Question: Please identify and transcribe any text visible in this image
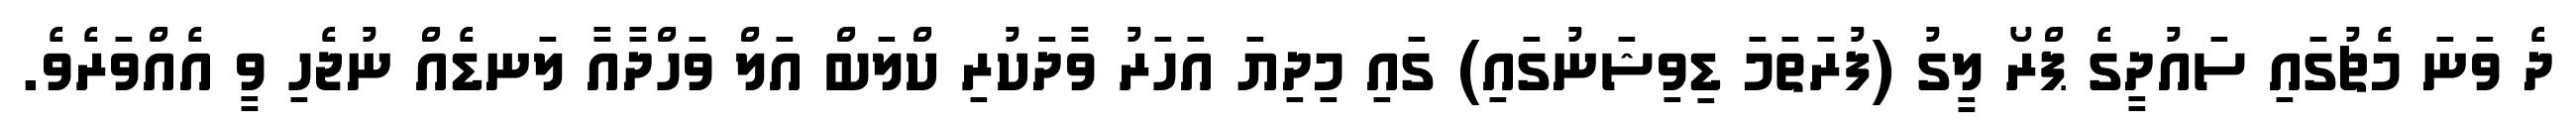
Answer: ދެ ވަނަ މެޗުގައި ސައުދީގެ ޕްރޯ ލީގު (ފުރަތަމަ ޑިވިޝަނުގައި) ގައި މިދިޔަ އަހަރު ވާދަކުރި ކްލަބް އަލް ވަހްދާއާ ލަނޑެއް ނުޖެހި ވީ އެއްވަރެވެ.